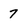
Character: 7